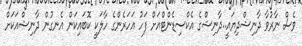
ވެސް ނާރުުވާ ދާނިޝްދިޔައީ..ދާނިޝްގެ އެކްސިޑެންޓްއަށް ފަހު އަހަރެންގެ ހާލަކީ ކޮބައިކަން އެނގުން ދާނިޝްއަކަށް